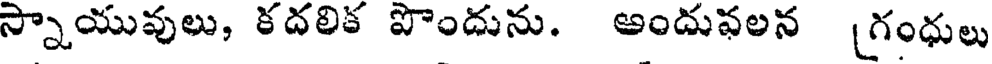
స్నాయువులు, కదలిక పొందును. అందువలన (గంధులు